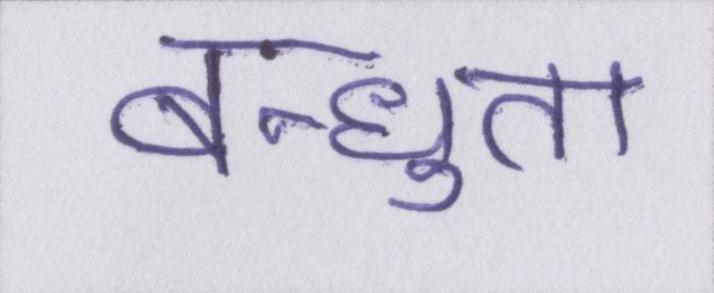
बन्धुता